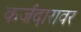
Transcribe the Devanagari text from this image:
कर्जदारावर